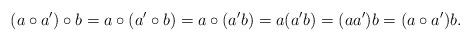
LaTeX: \begin{align*}(a\circ a')\circ b=a\circ(a'\circ b)=a\circ (a'b)=a(a'b)=(aa')b=(a\circ a')b.\end{align*}